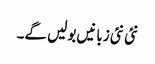
نئی نئی زبانیں بولیں گے۔